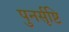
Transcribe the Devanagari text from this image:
पुनर्सृष्टि